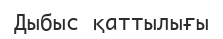
Дыбыс қаттылығы